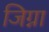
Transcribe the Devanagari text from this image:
जिग्ना